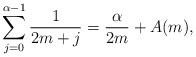
LaTeX: \begin{align*} \sum_{j=0}^{\alpha-1} \frac{1}{2m+j} = \frac{\alpha}{2m} + A(m), \end{align*}